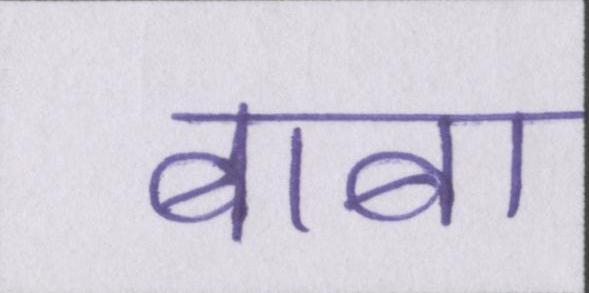
बाबा